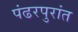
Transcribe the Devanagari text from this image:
पंढरपुरांत